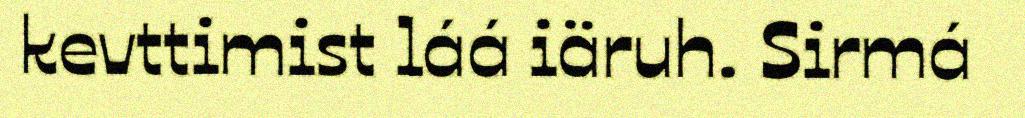
kevttimist láá iäruh. Sirmá